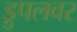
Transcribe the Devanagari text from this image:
ड्रुपलवर